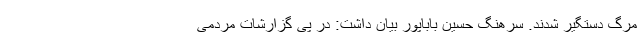
مرگ دستگیر شدند. سرهنگ حسین باباپور بیان داشت: در پی گزارشات مردمی